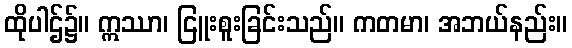
ထိုပါဌ်၌။ ဣဿာ၊ ငြူးစူးခြင်းသည်။ ကတမာ၊ အဘယ်နည်း။